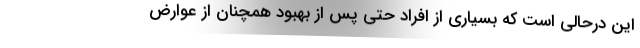
این درحالی است که بسیاری از افراد حتی پس از بهبود همچنان از عوارض